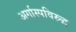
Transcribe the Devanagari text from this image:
अर्गास्पविरुद्ध